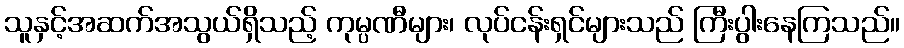
သူနှင့်အဆက်အသွယ်ရှိသည့် ကုမ္ပဏီများ၊ လုပ်ငန်းရှင်များသည် ကြီးပွါးနေကြသည်။